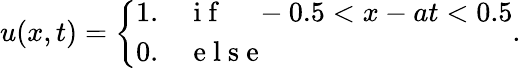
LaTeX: u(x,t)=\left\{ \begin{array}{ll}{1.\quad\mathrm{~i~f~}\quad-0.5<x-at<0.5}\\ {0.\quad\mathrm{~e~l~s~e~}}\end{array}\right..